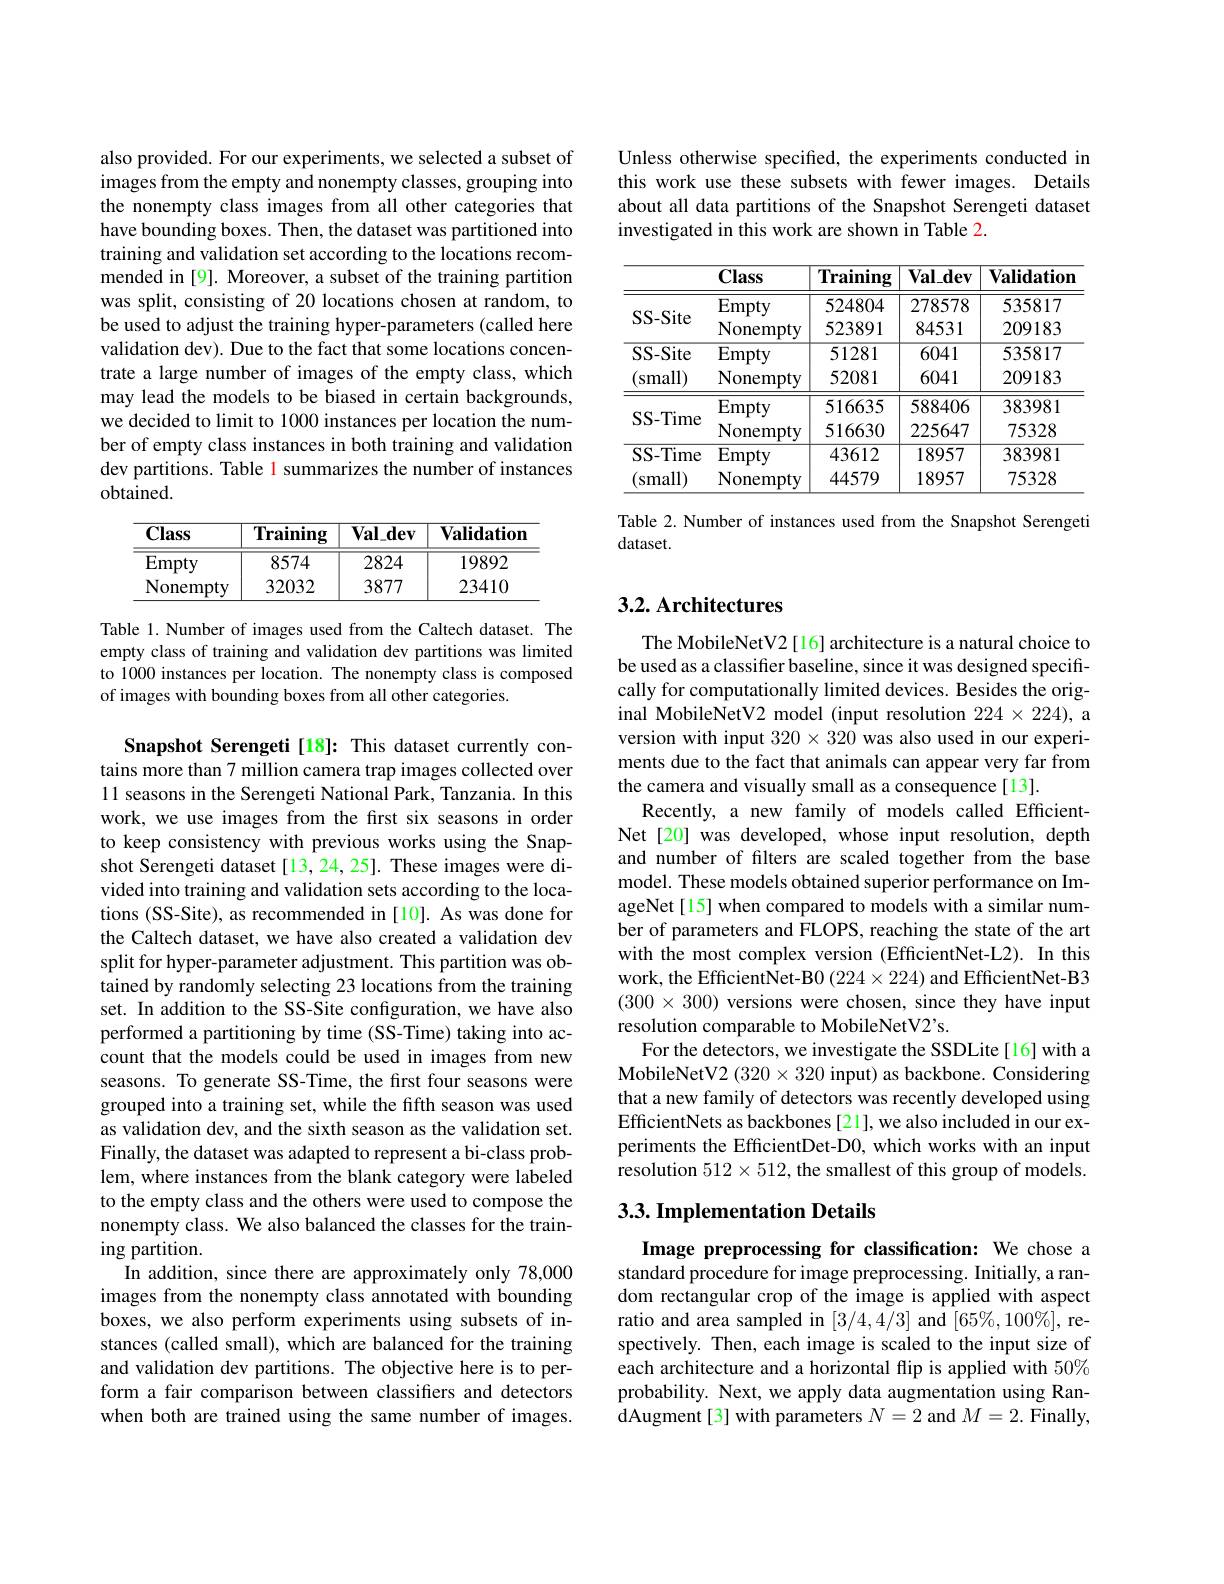
also provided. For our experiments, we selected a subset of images from the empty and nonempty classes, grouping into the nonempty class images from all other categories that have bounding boxes. Then, the dataset was partitioned into training and validation set according to the locations recommended in [9]. Moreover, a subset of the training partition was split, consisting of 20 locations chosen at random, to be used to adjust the training hyper-parameters (called here validation dev). Due to the fact that some locations concentrate a large number of images of the empty class, which may lead the models to be biased in certain backgrounds, we decided to limit to 1000 instances per location the number of empty class instances in both training and validation dev partitions. Table l summarizes the number of instances obtained.

<table>
	<tbody>
		<tr>
			<th>Class</th>
			<th>${\overline{{\mathbf{Training}}}}$</th>
			<th>$\mathbf{Val}_{-}\mathbf{dev}$</th>
			<th>$\mathbf{Validation}$</th>
		</tr>
		<tr>
			<td>Empty</td>
			<td>8574</td>
			<td>2824</td>
			<td>19892</td>
		</tr>
		<tr>
			<td>Nonempty</td>
			<td>32032</td>
			<td>3877</td>
			<td>23410</td>
		</tr>
	</tbody>
</table>

Table 1.Number of images used from the Caltech dataset. The empty class of training and validation dev partitions was limited to 1000 instances per location. The nonempty class is composed of images with bounding boxes from all other categories.

Snapshot Serengeti[18]: This dataset currently contains more than 7 million camera trap images collected over 11 seasons in the Serengeti National Park, Tanzania. In this work, we use images from the first six seasons in order to keep consistency with previous works using the Snapshot Serengeti dataset [13,24,25]. These images were divided into training and validation sets according to the locations (SS-Site), as recommended in [10]. As was done for the Caltech dataset, we have also created a validation dev split for hyper- parameter adjustment. This partition was obtained by randomly selecting 23 locations from the training set. In addition to the SS-Site configuration, we have also performed a partitioning by time (SS-Time) taking into account that the models could be used in images from new seasons. To generate SS-Time, the first four seasons were grouped into a training set, while the fifth season was used as validation dev, and the sixth season as the validation set. Finally, the dataset was adapted to represent a bi-class problem, where instances from the blank category were labeled to the empty class and the others were used to compose the nonempty class. We also balanced the classes for the training partition.
In addition, since there are approximately only 78,000 images from the nonempty class annotated with bounding boxes, we also perform experiments using subsets of instances (called small), which are balanced for the training and validation dev partitions. The objective here is to perform a fair comparison between classifiers and detectors when both are trained using the same number of images.

Unless otherwise specified, the experiments conducted in this work use these subsets with fewer images. Details about all data partitions of the Snapshot Serengeti dataset investigated in this work are shown in Table 2.

<table>
	<tbody>
		<tr>
			<th> </th>
			<th>Class</th>
			<th>${\overline{\mathbf{Training}}}$</th>
			<th>$\mathbf{Val\_dev}$</th>
			<th>$\mathbf{Validation}$</th>
		</tr>
		<tr>
			<td>SS- Site</td>
			<td>Empty Nonempty</td>
			<td>524804 523891</td>
			<td>278578 84531</td>
			<td>535817 209183</td>
		</tr>
		<tr>
			<td> </td>
			<td>Empty</td>
			<td>524804</td>
			<td>278578</td>
			<td>535817</td>
		</tr>
		<tr>
			<td>DD-DIle</td>
			<td>Nonempty</td>
			<td>523891</td>
			<td>84531</td>
			<td>209183</td>
		</tr>
		<tr>
			<td>SS- Site</td>
			<td>Empty</td>
			<td>51281</td>
			<td>6041</td>
			<td>535817</td>
		</tr>
		<tr>
			<td>$small)$</td>
			<td>Nonempty</td>
			<td>52081</td>
			<td>6041</td>
			<td>209183</td>
		</tr>
		<tr>
			<td> </td>
			<td>Empty</td>
			<td>516635</td>
			<td>588406</td>
			<td>383981</td>
		</tr>
		<tr>
			<td>$\partial\partial-11$me</td>
			<td>Nonempty</td>
			<td>516630</td>
			<td>225647</td>
			<td>75328</td>
		</tr>
		<tr>
			<td>SS- Time</td>
			<td>Empty</td>
			<td>43612</td>
			<td>18957</td>
			<td>383981</td>
		</tr>
		<tr>
			<td>small)</td>
			<td>Nonempty</td>
			<td>44579</td>
			<td>18957</td>
			<td>75328</td>
		</tr>
	</tbody>
</table>

Table 2. Number of instances used from the Snapshot Serengeti
dataset.

## 3.2. Architectures

The MobileNetV2[16] architecture is a natural choice to be used as a classifier baseline, since it was designed specifically for computationally limited devices. Besides the original MobileNetV2 model (input resolution $224\times224)$, a version with input $320\times320$ was also used in our experiments due to the fact that animals can appear very far from the camera and visually small as a consequence[13].
Recently, a new family of models called EfficientNet[20] was developed, whose input resolution, depth and number of filters are scaled together from the base model. These models obtained superior performance on ImageNet[15] when compared to models with a similar number of parameters and FLOPS, reaching the state of the art with the most complex version (EfficientNet-L2). In this work, the EfficientNet-B0 (224×224) and EfficientNet-B3 $(300\times300)$ versions were chosen, since they have input resolution comparable to MobileNetV2's.
For the detectors, we investigate the SSDLite[16] with a MobileNetV2 (320×320 input) as backbone. Considering that a new family of detectors was recently developed using EfficientNets as backbones [21], we also included in our experiments the EfficientDet-D0, which works with an input resolution $512\times512$, the smallest of this group of models.

## 3.3. Implementation Details

Image preprocessing for classification: We chose a standard procedure for image preprocessing. Initially, a random rectangular crop of the image is applied with aspect ratio and area sampled in [3/4,4/3] and $[65\%,100\%]$, respectively. Then, each image is scaled to the input size of each architecture and a horizontal flip is applied with $50\%$ probability. Next, we apply data augmentation using RandAugment[3] with parameters $N=2$ and $M=2.$ Finally,